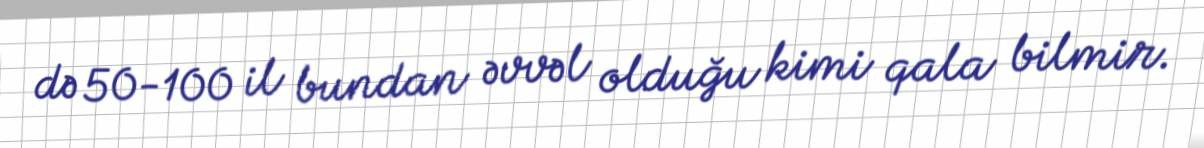
də 50-100 il bundan əvvəl olduğu kimi qala bilmir.